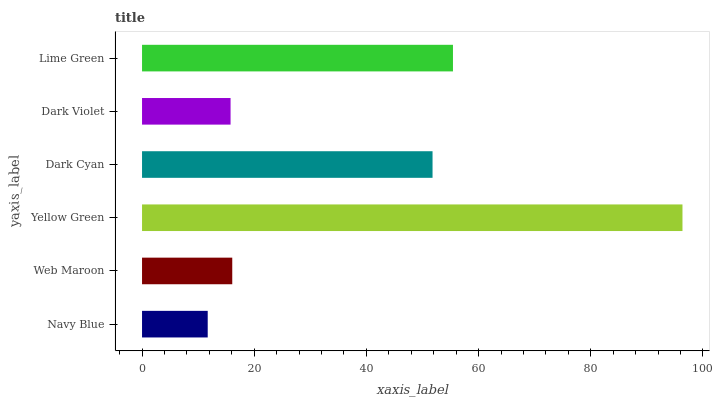
| yaxis_label | bars |
 | --- | --- |
 | Navy Blue | 11.7 |
 | Web Maroon | 16.1 |
 | Yellow Green | 96.3 |
 | Dark Cyan | 51.8 |
 | Dark Violet | 15.8 |
 | Lime Green | 55.4 |